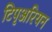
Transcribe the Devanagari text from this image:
टिपृअरियन